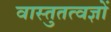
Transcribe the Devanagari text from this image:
वास्तुतत्वज्ञों